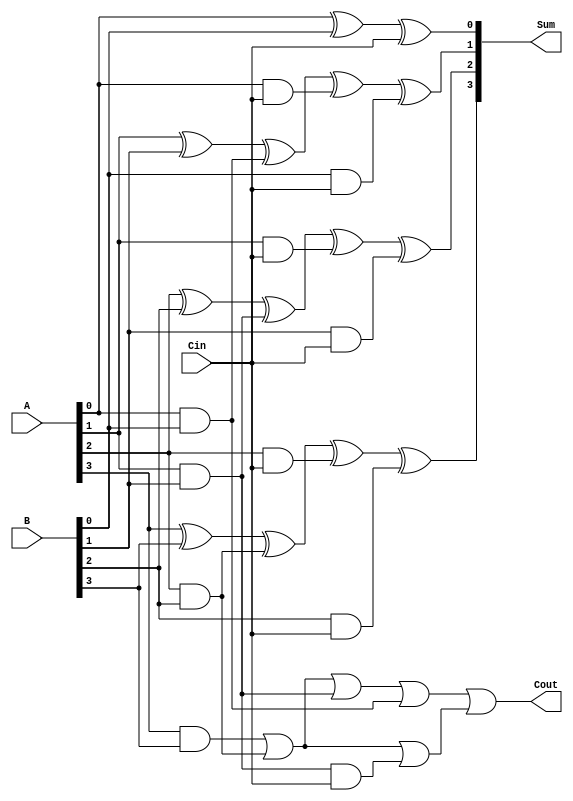
module adder_4bit(
    input [3:0] A,
    input [3:0] B,
    input Cin,
    output [3:0] Sum,
    output Cout
);

reg [3:0] Sum;
reg Cout;

always @* begin
    Sum[0] = A[0] ^ B[0] ^ Cin;
    Sum[1] = A[1] ^ B[1] ^ (A[0] & B[0]) ^ (A[0] & Cin) ^ (B[0] & Cin);
    Sum[2] = A[2] ^ B[2] ^ (A[1] & B[1]) ^ (A[1] & Cin) ^ (B[1] & Cin);
    Sum[3] = A[3] ^ B[3] ^ (A[2] & B[2]) ^ (A[2] & Cin) ^ (B[2] & Cin);
    
    Cout = (A[3] & B[3]) | (A[2] & B[2]) | (A[1] & B[1]) | (A[0] & B[0]) | ((A[3] & B[3]) | (A[2] & B[2]) | (A[1] & B[1]) & Cin);
end

endmodule